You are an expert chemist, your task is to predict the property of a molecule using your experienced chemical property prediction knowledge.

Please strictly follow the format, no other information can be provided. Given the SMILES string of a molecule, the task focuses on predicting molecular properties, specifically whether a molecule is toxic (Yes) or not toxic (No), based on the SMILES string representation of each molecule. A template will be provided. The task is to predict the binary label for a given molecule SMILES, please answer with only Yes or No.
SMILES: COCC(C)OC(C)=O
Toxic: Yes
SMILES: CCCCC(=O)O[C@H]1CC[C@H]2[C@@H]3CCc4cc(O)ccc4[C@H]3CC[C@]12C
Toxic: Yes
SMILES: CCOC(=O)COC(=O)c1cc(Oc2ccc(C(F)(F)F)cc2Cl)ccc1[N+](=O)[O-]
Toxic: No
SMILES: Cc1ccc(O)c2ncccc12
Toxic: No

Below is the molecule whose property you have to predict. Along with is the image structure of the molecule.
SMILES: CC(CC(c1ccccc1)c1ccccc1)NC(C)(C)C
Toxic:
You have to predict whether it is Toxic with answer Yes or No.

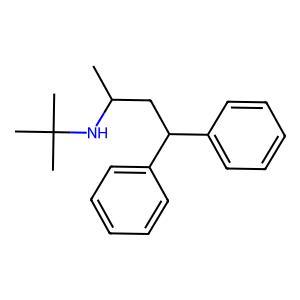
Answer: No